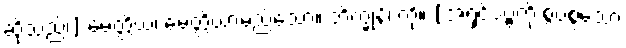
ဆိုသည်၊] မေတ္တိယံ၊ မေတ္တိယာမည်သော။ ဘိက္ခုနိံ၊ ကို။ [အရှင်ဒဗ္ဗကို စွပ်စွဲသော